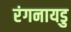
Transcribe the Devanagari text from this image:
रंगनायडु